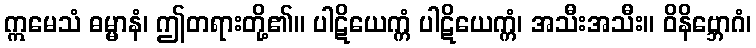
ဣမေသံ ဓမ္မာနံ၊ ဤတရားတို့၏။ ပါဋိယေက္ကံ ပါဋိယေက္ကံ၊ အသီးအသီး။ ဝိနိဗ္ဘောဂံ၊